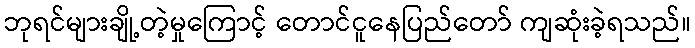
ဘုရင်များချို့တဲ့မှုကြောင့် တောင်ငူနေပြည်တော် ကျဆုံးခဲ့ရသည်။